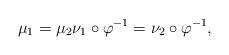
LaTeX: \begin{align*}\mu_1=\mu_2 \nu_1\circ\varphi^{-1} = \nu_2\circ\varphi^{-1}, \end{align*}